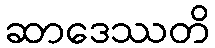
ဆာဒေဿတိ